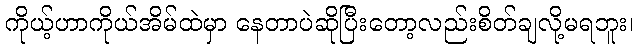
ကိုယ့်ဟာကိုယ်အိမ်ထဲမှာ နေတာပဲဆိုပြီးတော့လည်းစိတ်ချလို့မရဘူး၊